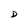
Character: D